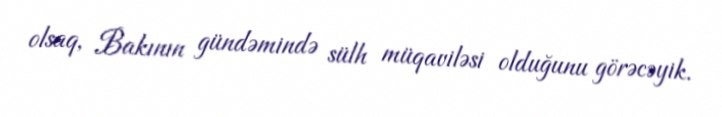
olsaq, Bakının gündəmində sülh müqaviləsi olduğunu görəcəyik.